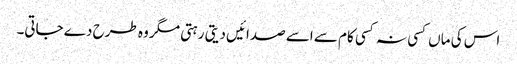
اس کی ماں کسی نہ کسی کام سے اسے صدائیں دیتی رہتی مگر وہ طرح دے جاتی۔